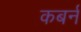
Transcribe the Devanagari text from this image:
कबर्न